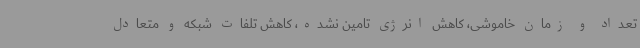
تعداد و زمان خاموشی، کاهش انرژی تامین نشده، کاهش تلفات شبکه و متعادل